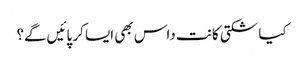
کیا شکتی کانت داس بھی ایسا کر پائیں‌گے؟